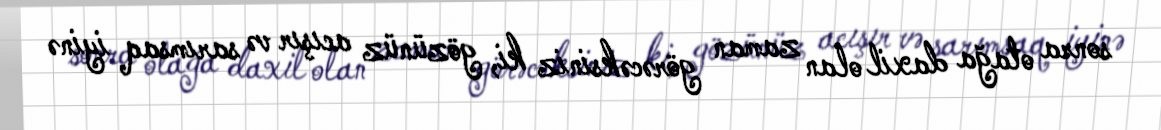
sonra otağa daxil olan zaman görəcəksiniz ki, gözünüz acışır və sarımsaq iyinə